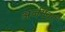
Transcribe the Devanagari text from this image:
अर्जगेवर्ग